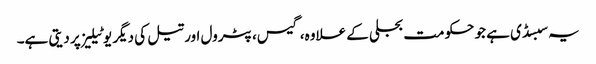
یہ سبسڈی ہے جو حکومت بجلی کے علاوہ، گیس، پٹرول اور تیل کی دیگر یوٹیلیز پر دیتی ہے۔